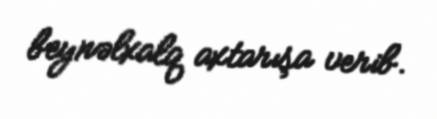
beynəlxalq axtarışa verib.